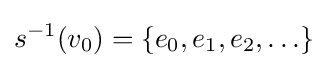
s^{-1}(v_{0})=\{e_{0},e_{1},e_{2},\ldots \}